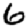
Digit: 6